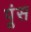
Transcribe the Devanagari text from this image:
पूंस